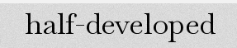
half-developed